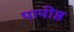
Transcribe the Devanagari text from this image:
पापीष्ठ